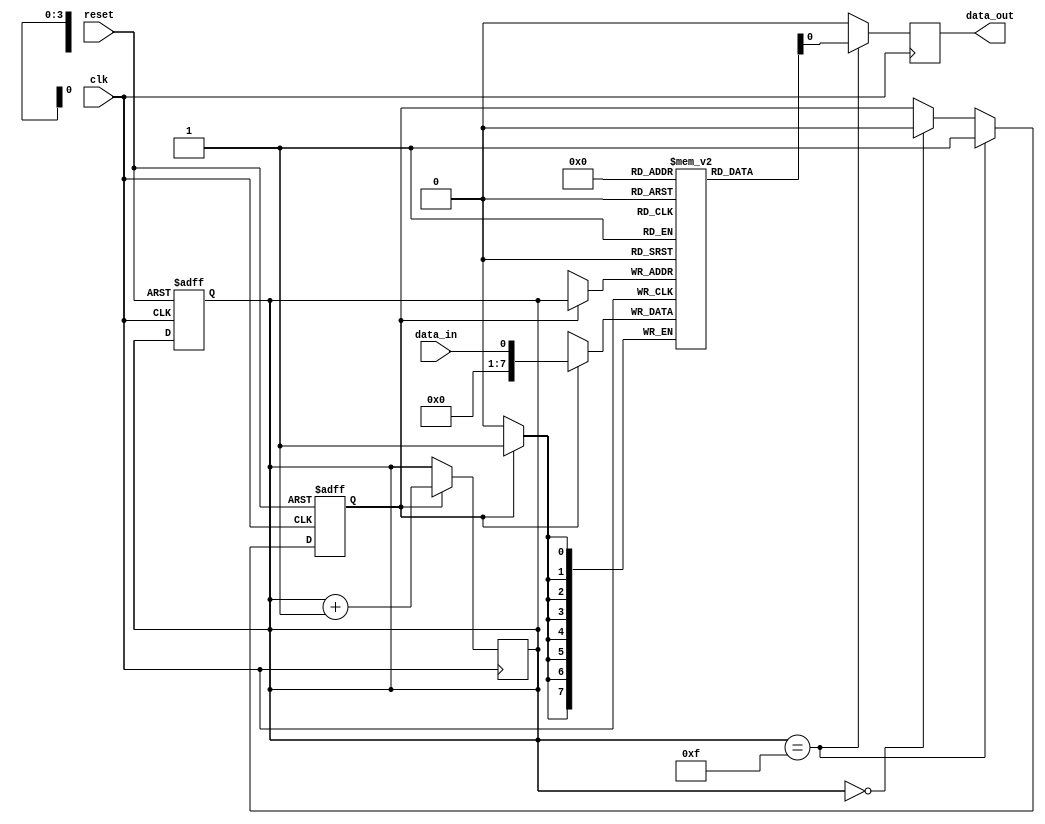
module almost_full_fifo(
    input wire clk,
    input wire reset,
    input wire data_in,
    output reg data_out
);

reg [7:0] fifo_buffer [0:15];
reg [3:0] fill_level;
reg trigger;

always @ (posedge clk or posedge reset) begin
    if (reset) begin
        fill_level <= 0;
        trigger <= 0;
    end else begin
        if (fill_level == 15) begin
            trigger <= 1;
        end else if (fill_level == 0) begin
            trigger <= 0;
        end
    end
end

always @ (posedge clk) begin
    if (trigger) begin
        fifo_buffer[fill_level] <= data_in;
        fill_level <= fill_level + 1;
    end
end

always @ (posedge clk) begin
    if (fill_level == 15) begin
        data_out <= fifo_buffer[0];
    end else begin
        data_out <= 0;
    end
end

endmodule